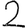
Digit: 2